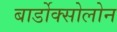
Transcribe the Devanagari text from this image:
बार्डोक्सोलोन